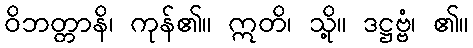
ဝိဘတ္တာနိ၊ ကုန်၏။ ဣတိ၊ သို့။ ဒဋ္ဌဗ္ဗံ၊ ၏။